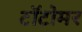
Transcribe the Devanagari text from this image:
टॉटोमर